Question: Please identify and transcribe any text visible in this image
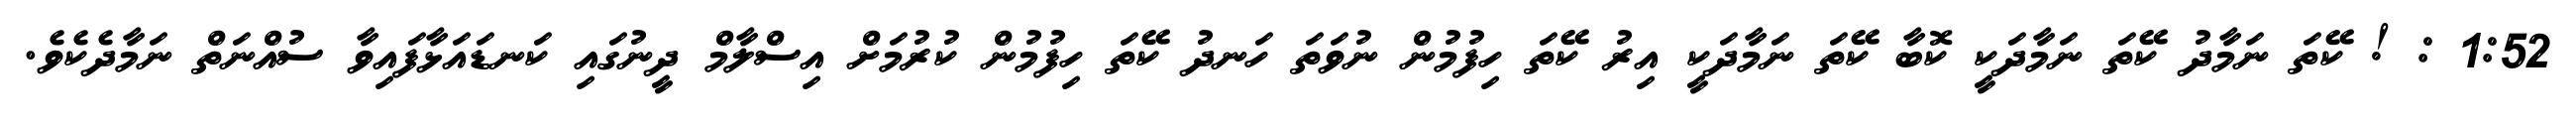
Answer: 1:52 : ! ކޭތަ ނަމާދު ކޭތަ ނަމާދަކީ ކޮބާ ކޭތަ ނަމާދަކީ އިރު ކޭތަ ހިފުމުން ނުވަތަ ހަނދު ކޭތަ ހިފުމުން ކުރުމަށް އިސްލާމް ދީނުގައި ކަނޑައަޅާފައިވާ ސުއްނަތް ނަމާދެކެވެ.